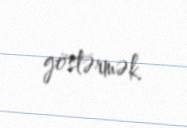
göstərmək.